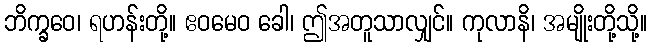
ဘိက္ခဝေ၊ ရဟန်းတို့။ ဧဝမေဝ ခေါ၊ ဤအတူသာလျှင်။ ကုလာနိ၊ အမျိုးတို့သို့။